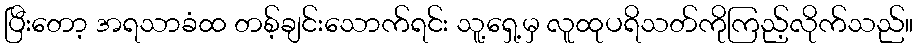
ပြီးတော့ အရသာခံထ တစ့်ချင်းသောက်ရင်း သူ့ရှေ့မှ လူထုပရိသတ်ကိုကြည့်လိုက်သည်။